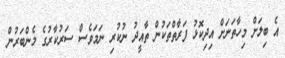
އެ ބިލަށް މިހާތަނަށް އިދިކޮޅު ފަރާތްތަކުން ތާއީދު ނުކުރި ނަމަވެސް ސަރުކާރުގެ މެންބަރުން